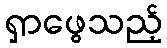
ရှာဖွေသည့်